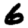
Digit: 6